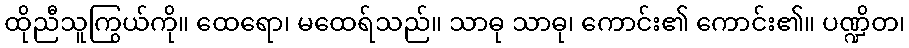
ထိုညီသူကြွယ်ကို။ ထေရော၊ မထေရ်သည်။ သာဓု သာဓု၊ ကောင်း၏ ကောင်း၏။ ပဏ္ဍိတ၊